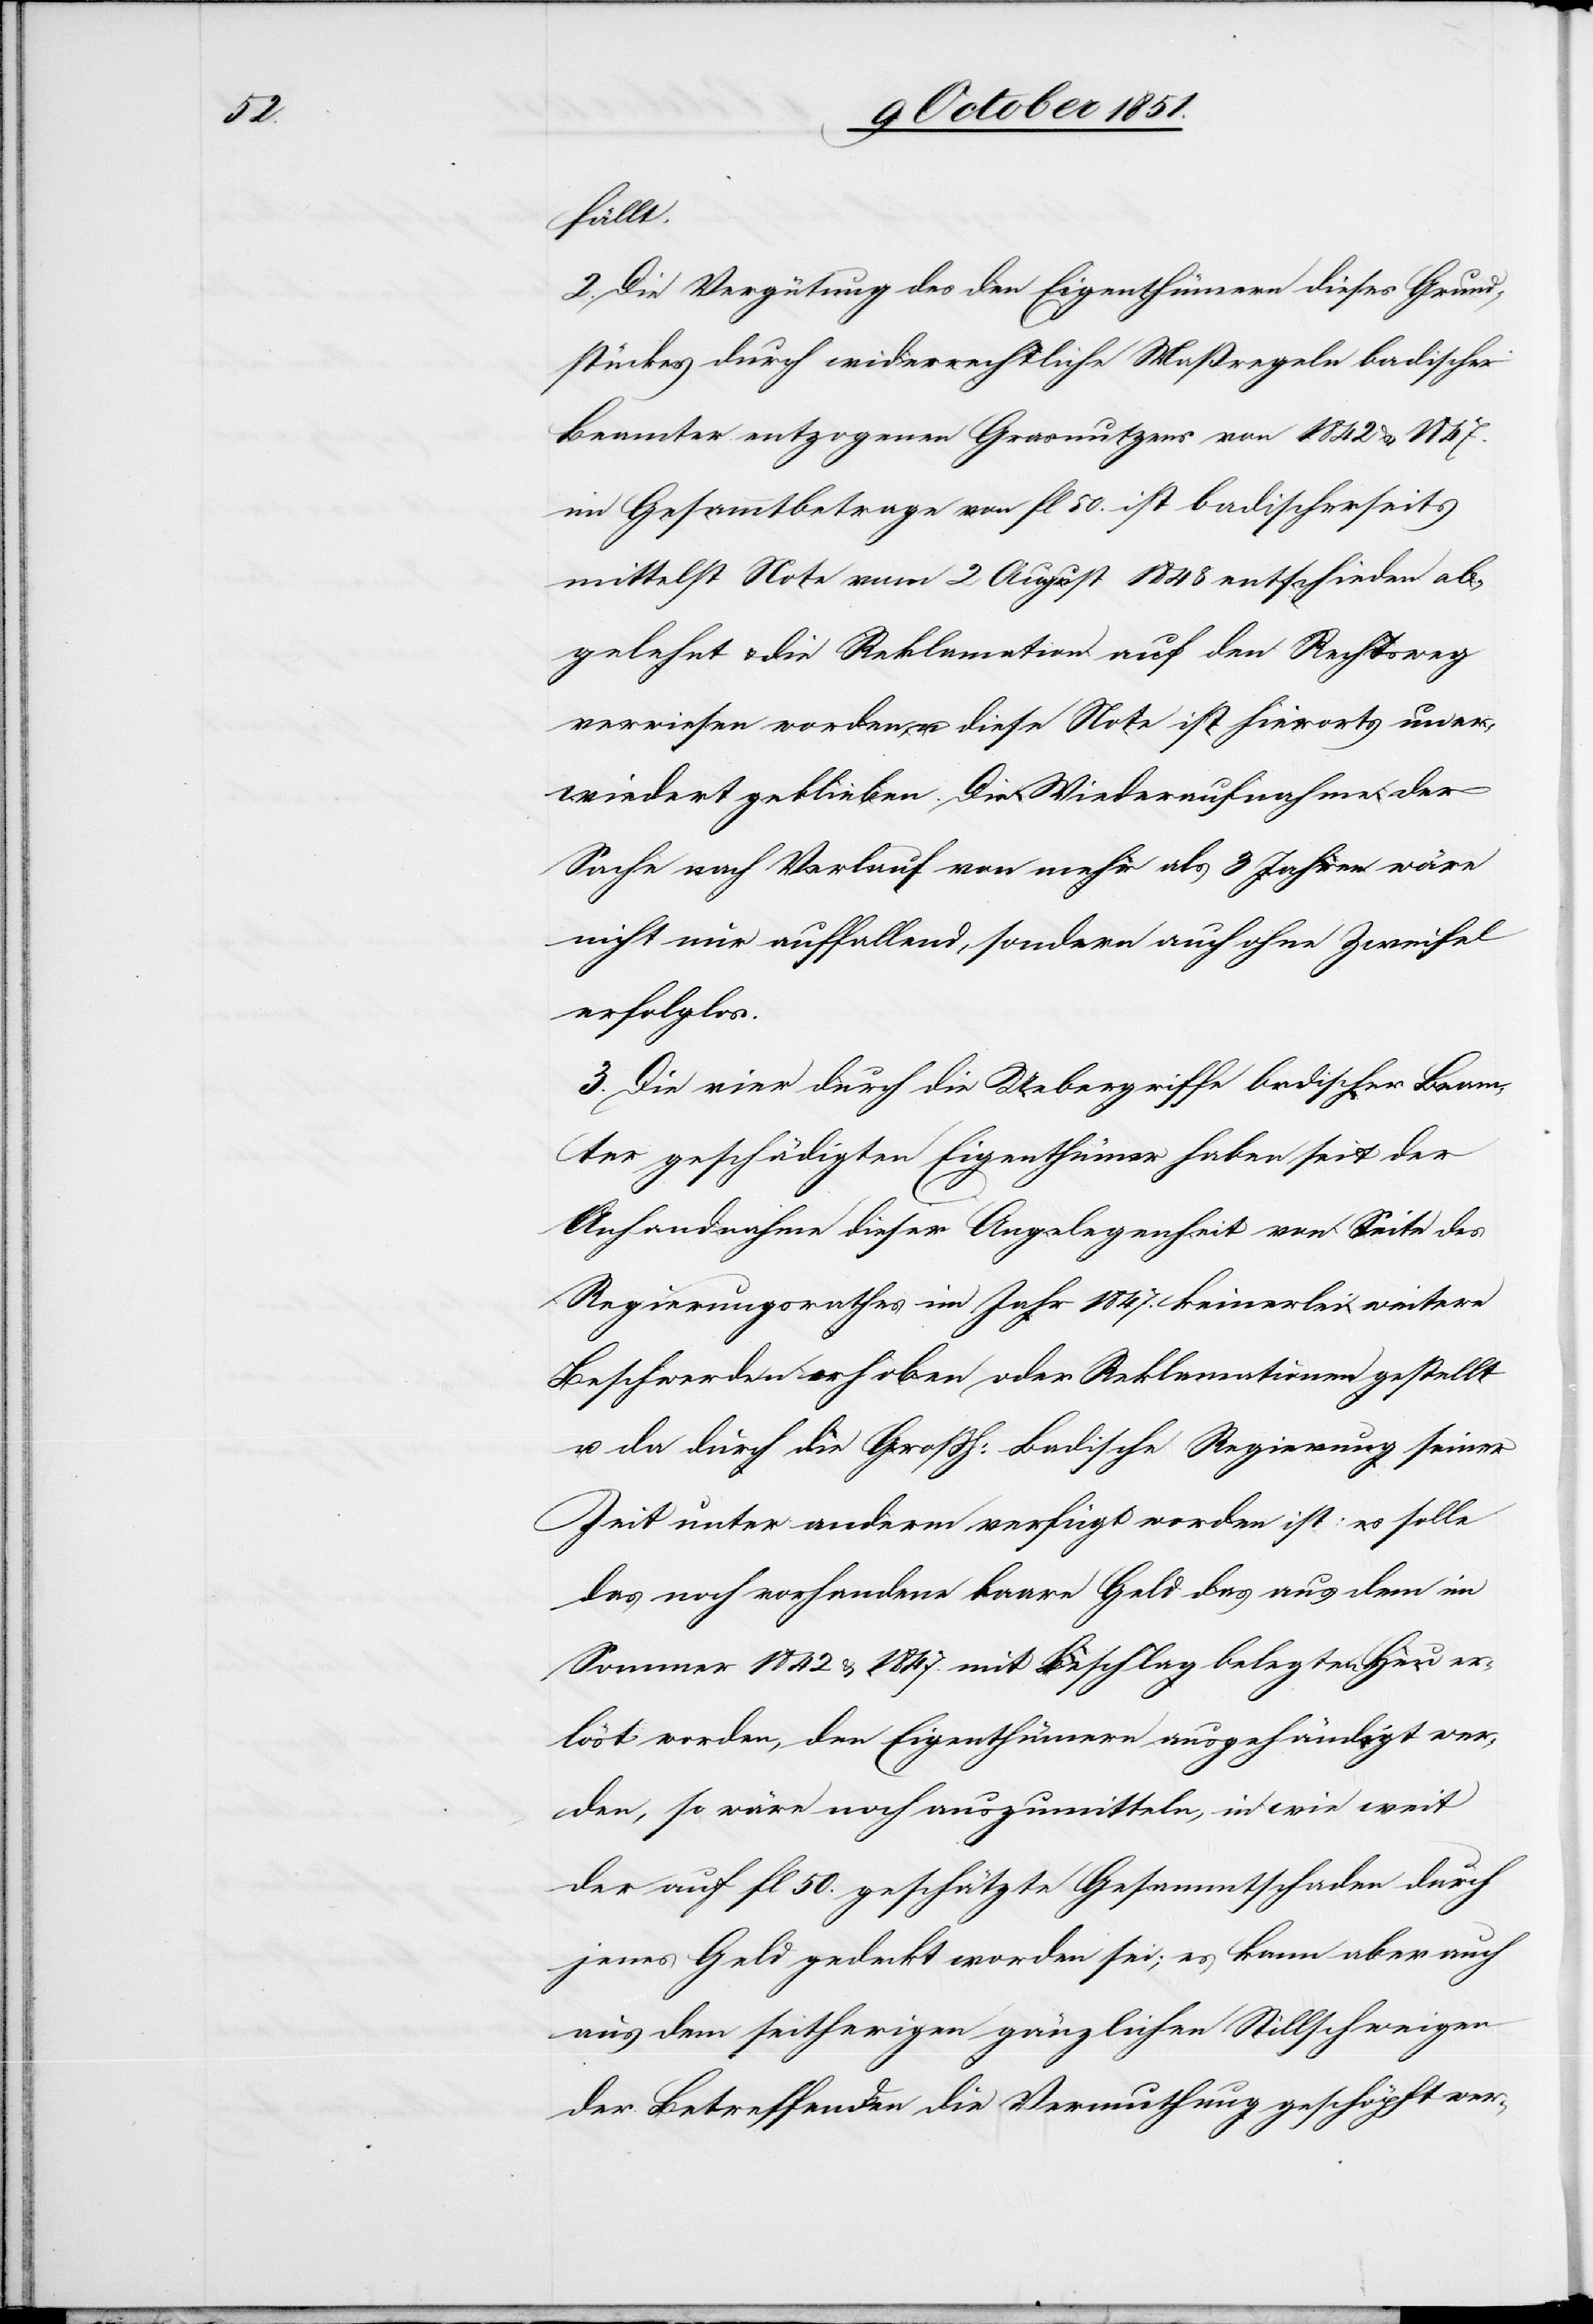
fällt.
2. Die Vergütung des den Eigenthümern dieses Grund¬
stückes durch widerrechtliche Maßregeln badischer
Beamter entzogenen Grasnutzens von 1842 & 1847.
im Gesammtbetrage von fl 50. ist badischerseits
mittelst Note vom 2 August 1848 entschieden ab¬
gelehnt & die Reklamation auf den Rechtsweg
verwiesen worden, u. diese Note ist hierorts uner¬
wiedert geblieben. Die Wiederaufnahme der
Sache nach Verlauf von mehr als 3 Jahren wäre
nicht nur auffallend, sondern auch ohne Zweifel
erfolglos.
3. Die vier durch die Uebergriffe badischer Beam¬
ter geschädigten Eigenthümer haben seit der
Anhandnahme dieser Angelegenheit von Seite des
Regierungsrathes im Jahr 1847. keinerlei weitere
Beschwerden erhoben oder Reklamationen gestellt
u. da durch die Großh: Badische Regierung seiner
Zeit unter anderm verfügt worden ist: es solle
das noch vorhandene baare Geld das aus dem im
Sommer 1842 & 1847. mit Beschlag belegten Heu er¬
löst worden, den Eigenthümern ausgehändigt wer¬
den, so wäre noch auszumitteln, in wie weit
der auf fl 50. geschätzte Gesammtschaden durch
jenes Geld gedeckt worden sei; es kann aber auch
aus dem seitherigen gänzlichen Stillschweigen
der Betreffenden die Vermuthung geschöpft wer-